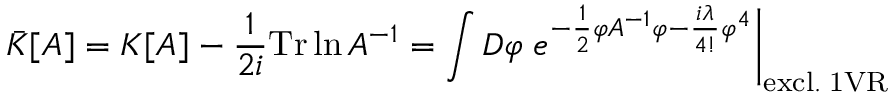
\bar { \cal K } [ A ] = { \cal K } [ A ] - \frac { 1 } { 2 i } \mathrm { T r } \ln A ^ { - 1 } = \int { \cal D } \varphi \left. e ^ { - \frac { 1 } { 2 } \varphi A ^ { - 1 } \varphi - \frac { i \lambda } { 4 ! } \varphi ^ { 4 } } \right| _ { \mathrm { e x c l . \; 1 V R } }